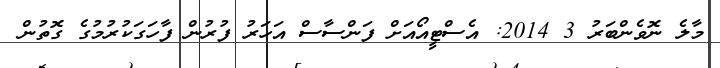
މާލެ ނޮވެންބަރު 3 2014: އެސްޓީއޯއަށް ފަންސާސް އަހަރު ފުރުން ފާހަގަކުރުމުގެ ގޮތުން